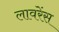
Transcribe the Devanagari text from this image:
लावरेंस